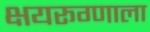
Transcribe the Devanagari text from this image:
क्षयरूग्णाला